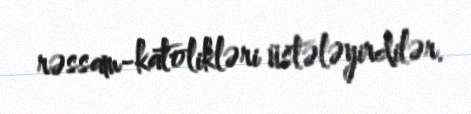
rəssam-katolikləri üstələyirdilər.